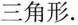
三角形.